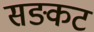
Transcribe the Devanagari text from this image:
सङ्कट